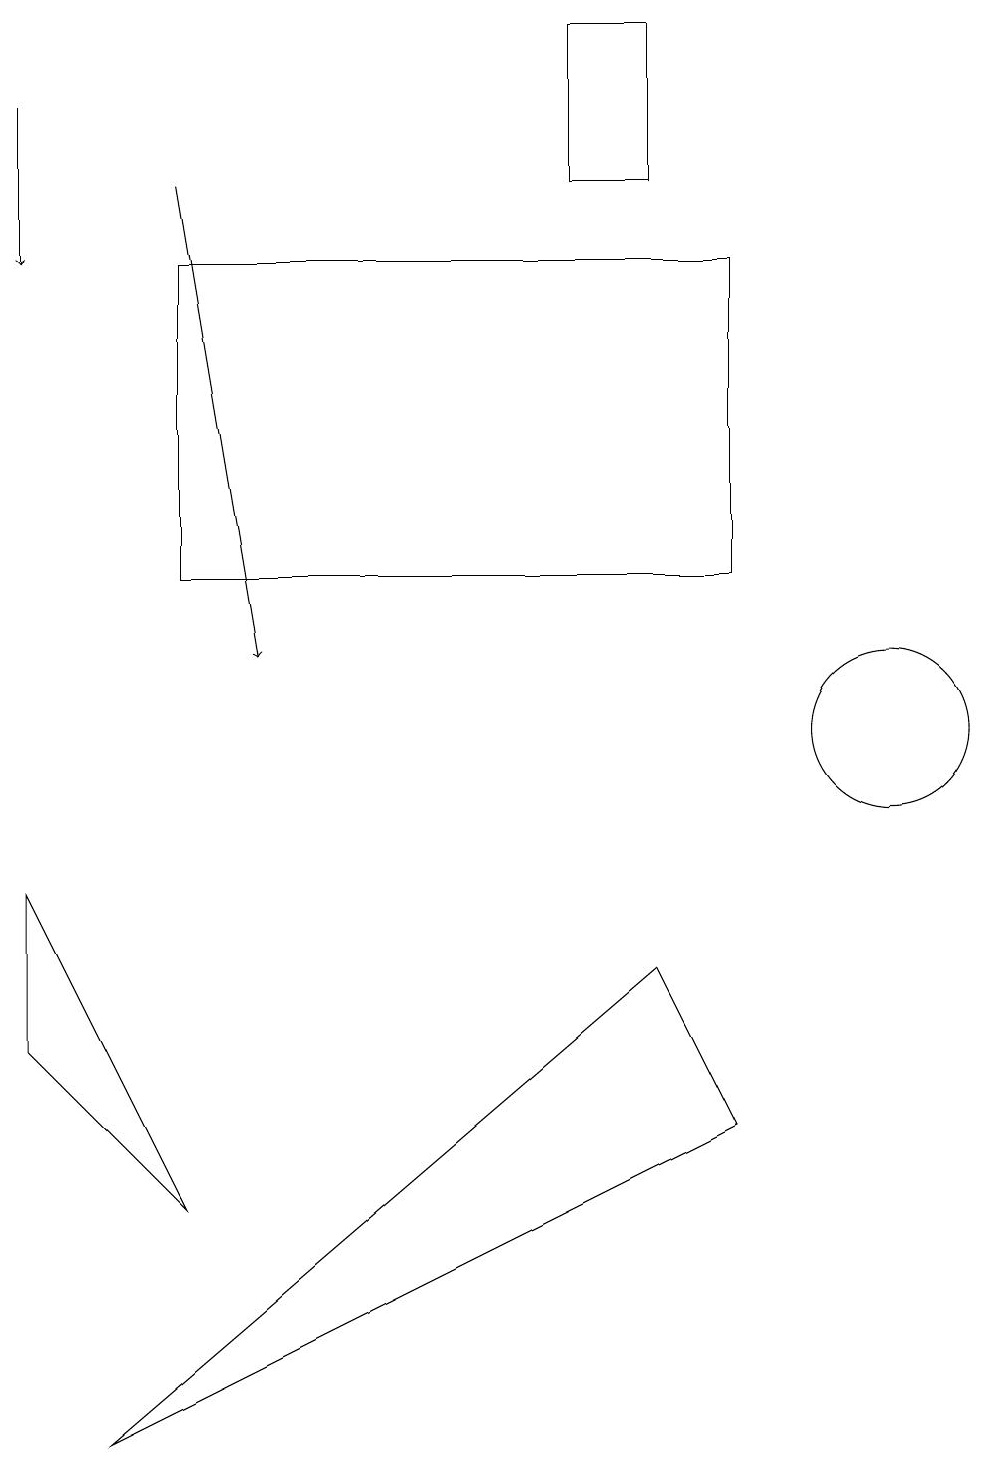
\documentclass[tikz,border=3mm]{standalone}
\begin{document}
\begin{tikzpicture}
\draw[->] (0,18) -- (0,16);
\draw (2,16) rectangle (9,12);
\draw (2,4) -- (0,6) -- (0,8) -- cycle;
\draw (8,7) -- (1,1) -- (9,5) -- cycle;
\draw (8,19) rectangle (7,17);
\draw[->] (2,17) -- (3,11);
\draw (11,10) circle (1);
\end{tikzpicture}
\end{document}